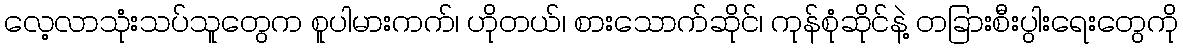
လေ့လာသုံးသပ်သူတွေက စူပါမားကက်၊ ဟိုတယ်၊ စားသောက်ဆိုင်၊ ကုန်စုံဆိုင်နဲ့ တခြားစီးပွါးရေးတွေကို